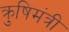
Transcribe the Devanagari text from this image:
क्रुषिमंत्री